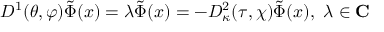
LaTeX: D ^ { 1 } ( \theta , \varphi ) \tilde { \Phi } ( x ) = \lambda \tilde { \Phi } ( x ) = - D _ { \kappa } ^ { 2 } ( \tau , \chi ) \tilde { \Phi } ( x ) , \ \lambda \in \mathbf { C }